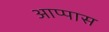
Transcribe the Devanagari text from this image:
आप्पास